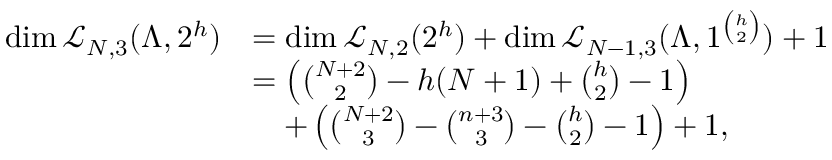
\begin{array} { r l } { \dim \mathcal { L } _ { N , 3 } ( \Lambda , 2 ^ { h } ) } & { = \dim \mathcal { L } _ { N , 2 } ( 2 ^ { h } ) + \dim \mathcal { L } _ { N - 1 , 3 } ( \Lambda , 1 ^ { { \binom { h } { 2 } } } ) + 1 } \\ & { = \left( { \binom { N + 2 } { 2 } } - h ( N + 1 ) + { \binom { h } { 2 } } - 1 \right) } \\ & { \quad + \left( { \binom { N + 2 } { 3 } } - { \binom { n + 3 } { 3 } } - { \binom { h } { 2 } } - 1 \right) + 1 , } \end{array}